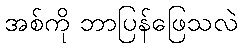
အစ်ကို ဘာပြန်ဖြေသလဲ